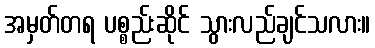
အမှတ်တရ ပစ္စည်းဆိုင် သွားလည်ချင်သလား။